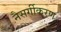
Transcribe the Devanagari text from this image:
नैसर्गीकरण